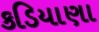
કડિયાણા